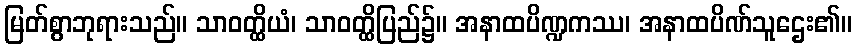
မြတ်စွာဘုရားသည်။ သာဝတ္ထိယံ၊ သာဝတ္ထိပြည်၌။ အနာထပိဏ္ဍကဿ၊ အနာထပိဏ်သူဌေး၏။